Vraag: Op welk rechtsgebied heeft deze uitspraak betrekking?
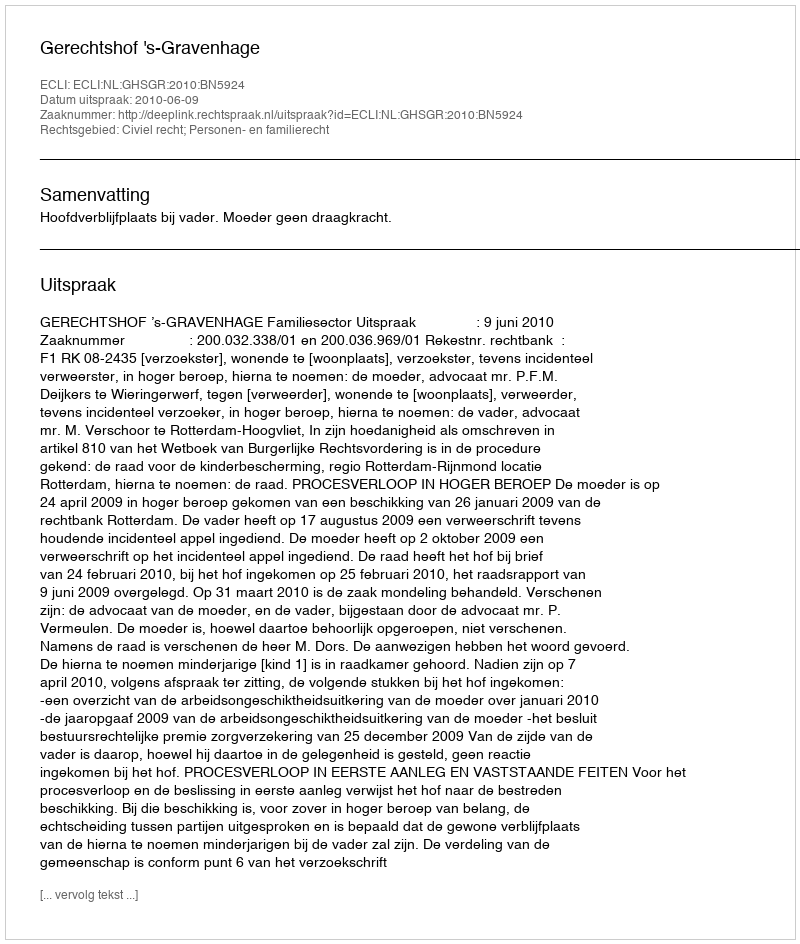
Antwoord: Civiel recht; Personen- en familierecht